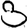
Digit: 3